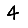
Digit: 4